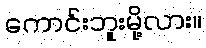
ကောင်းဘူးမို့လား။